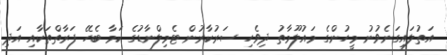
އަތުލައިގަނެވުނު މީހުންގެ މައުލޫމާތު ދިވެހި ސަރުކާރުން ޓެމިލްނާޑުގެ ކަމާ ބެހޭ ފަރާތްތަކާއި އަދި